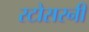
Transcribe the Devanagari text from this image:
स्टोसरनी